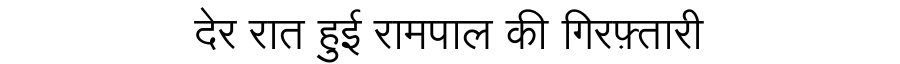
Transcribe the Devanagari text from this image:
देर रात हुई रामपाल की गिरफ़्तारी